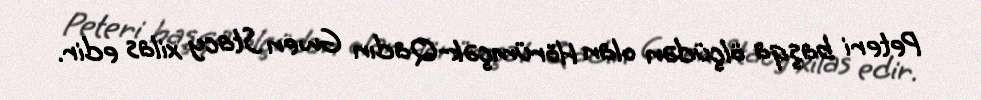
Peteri başqa ölçüdən olan Hörümçək-Qadın Gwen Stacy xilas edir.